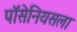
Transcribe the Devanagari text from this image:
पॉसेनियसला